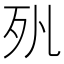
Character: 𣧇